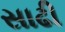
સાઢી